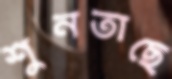
শুনতাছে